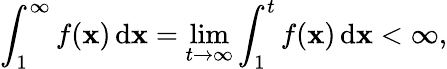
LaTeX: \int_{1}^{\infty}f(\mathbf{x})\, \mathrm{d}\mathbf{x}=\operatorname*{lim}_{t\to\infty}\int_{1}^{t}f(\mathbf{x})\, \mathrm{d}\mathbf{x}<\infty,